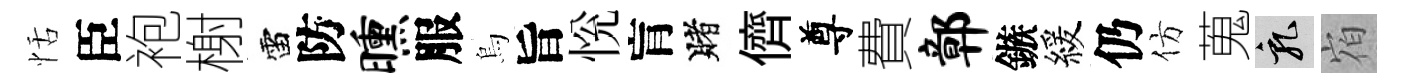
恬臣袍榭雷防曛服烏旨恱肓賭儕尊費鄣鏃緩仍仿蒐乳𪧐